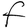
Character: F